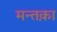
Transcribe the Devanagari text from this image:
मन्तक़ा